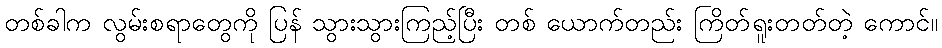
တစ်ခါက လွမ်းစရာတွေကို ပြန် သွားသွားကြည့်ပြီး တစ် ယောက်တည်း ကြိတ်ရူးတတ်တဲ့ ကောင်။